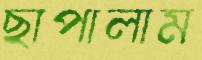
ছাপালাম